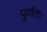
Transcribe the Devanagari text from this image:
पुर्णतः